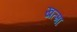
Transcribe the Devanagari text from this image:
खत्मा